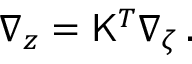
\begin{array} { r } { \nabla _ { z } = \mathsf { K } ^ { T } \nabla _ { \zeta } \, . } \end{array}